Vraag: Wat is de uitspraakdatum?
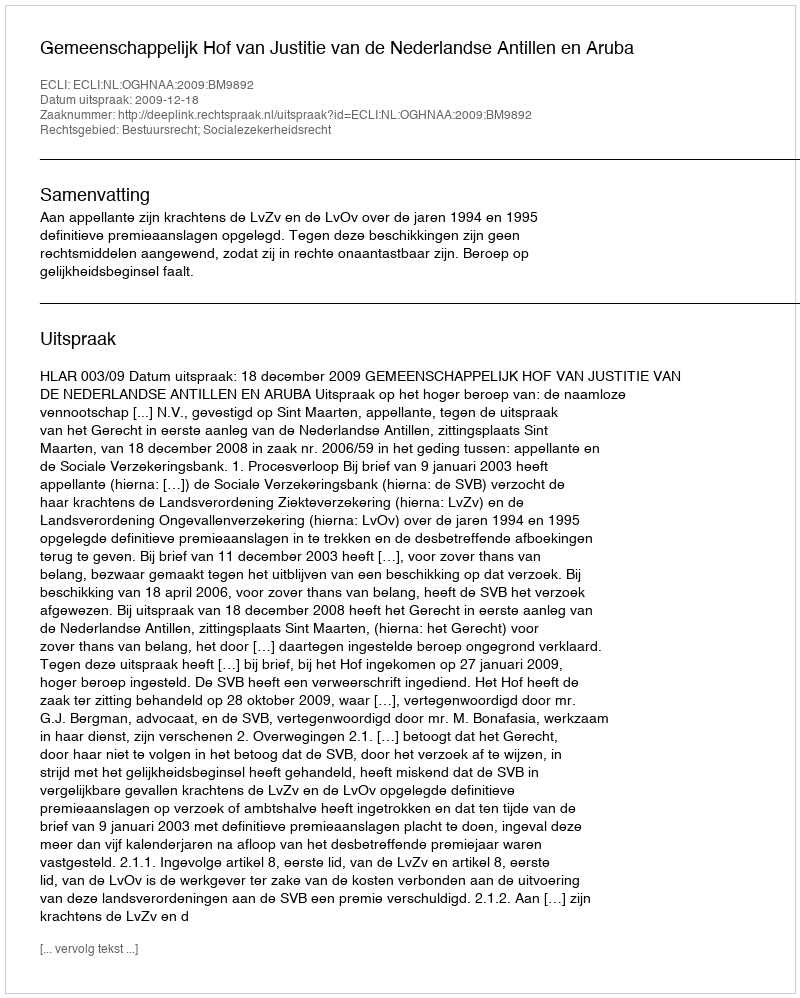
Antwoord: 2009-12-18